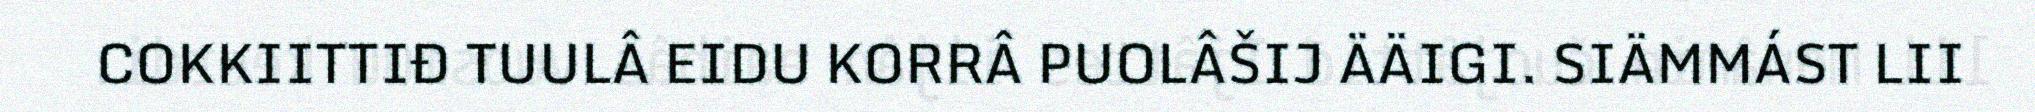
COKKIITTIĐ TUULÂ EIDU KORRÂ PUOLÂŠIJ ÄÄIGI. SIÄMMÁST LII